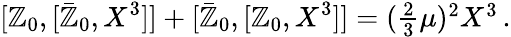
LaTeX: {}[\mathbb{Z}_{0},[\bar{{\mathbb{Z}}}_{0},X^{3}]]+[\bar{{\mathbb{Z}}}_{0},[\mathbb{Z}_{0},X^{3}]]=(\textstyle{\frac{{2}}{{3}}}\mu)^{2}X^{3}\, .